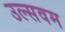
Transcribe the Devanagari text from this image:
उल्सवम